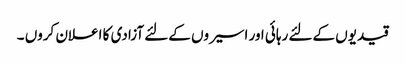
قیدیوں کےلئے رہائی اور اسیروں کےلئے آزادی کا اعلان کروں ۔